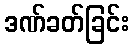
ဒဏ်ခတ်ခြင်း